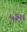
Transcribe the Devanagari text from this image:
५३।।